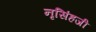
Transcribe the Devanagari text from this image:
नृसिंहजी